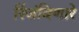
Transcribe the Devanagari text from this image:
रिंजंविणारे